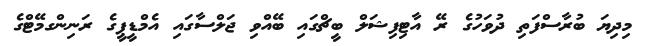
މިދިޔަ ބުރާސްފަތި ދުވަހުގެ ރޭ އާޓިފިޝަލް ބީޗްގައި ބޭއްވި ޖަލްސާގައި އެމްޑީޕީގެ ރަނިންގމޭޓްގެ